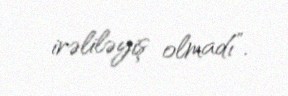
irəliləyiş olmadı”.